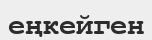
еңкейген